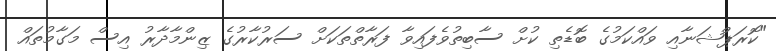
"ކޮރަޕްޝަނާއި ވައްކަމުގެ ބޮޑެތި ކުށް ސާބިތުވެފައިވާ ފަރާތްތަކަށް ސަރުކާރުގެ ޒިންމާދާރު އިސް މަގާމުތައް